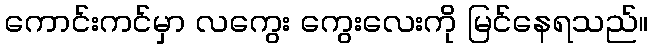
ကောင်းကင်မှာ လကွေး ကွေးလေးကို မြင်နေရသည်။